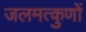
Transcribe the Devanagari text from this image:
जलमत्कुणों